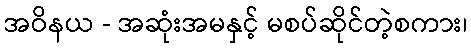
အဝိနယ - အဆုံးအမနှင့် မစပ်ဆိုင်တဲ့စကား၊